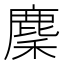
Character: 麇